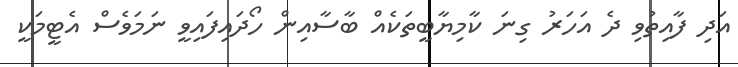
އަދި ފާއިތުވި ދެ އަހަރު ގިނަ ކާމިޔާބީތަކެއް ބާސާއިން ހޯދައިފައިވީ ނަމަވެސް އެޓީމަކީ